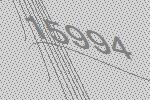
15994